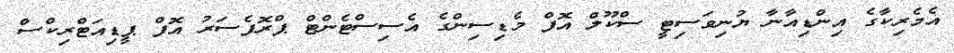
އެމެރިކާގެ އިންޑިއާނާ ޔުނިވަސިޓީ ސްކޫލް އޮފް މެޑިސިންގެ އެސިސްޓެންޓް ޕްރޮފެސަރު އޮފް ޕީޑިއަޓްރިކްސް